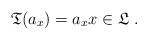
LaTeX: \begin{align*}\mathfrak{T}(a_{x})=a_{x}x\in \mathfrak{L}\ . \end{align*}